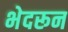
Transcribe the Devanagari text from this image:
भेदरून